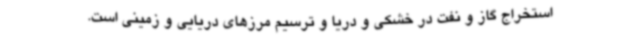
استخراج گاز و نفت در خشکی و دریا و ترسیم مرزهای دریایی و زمینی است.